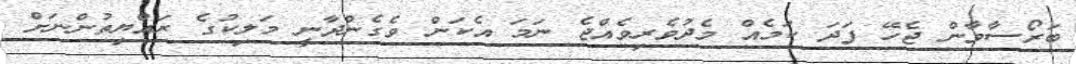
ބަރޯސާވާން ޖެހޭ ފަދަ ކަމެއް މެދުވެރިވެއްޖެ ނަމަ އެކަން ވެގެންދާނީ މަލިކުގެ ރައްޔިތުންނަށް